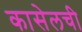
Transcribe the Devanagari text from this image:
कासेलची